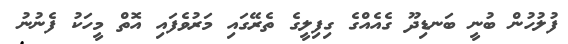
ފުލުހުން ބުނީ ބަނޑިދޫ ގެއެއްގެ ގިފިލީގެ ތެރޭގައި މަރުވެފައި އޮތް މީހަކު ފެނުނު